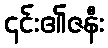
၎င်း၏ဇနီး